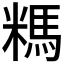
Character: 𰫆